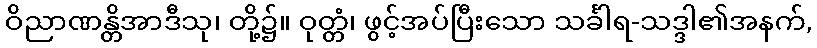
ဝိညာဏန္တိအာဒီသု၊ တို့၌။ ဝုတ္တံ၊ ဖွင့်အပ်ပြီးသော သင်္ခါရ-သဒ္ဒါ၏အနက်,